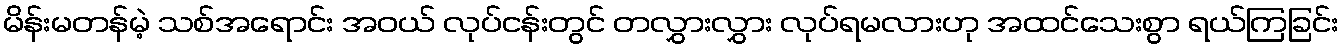
မိန်းမတန်မဲ့ သစ်အရောင်း အဝယ် လုပ်ငန်းတွင် တလွှားလွှား လုပ်ရမလားဟု အထင်သေးစွာ ရယ်ကြခြင်း